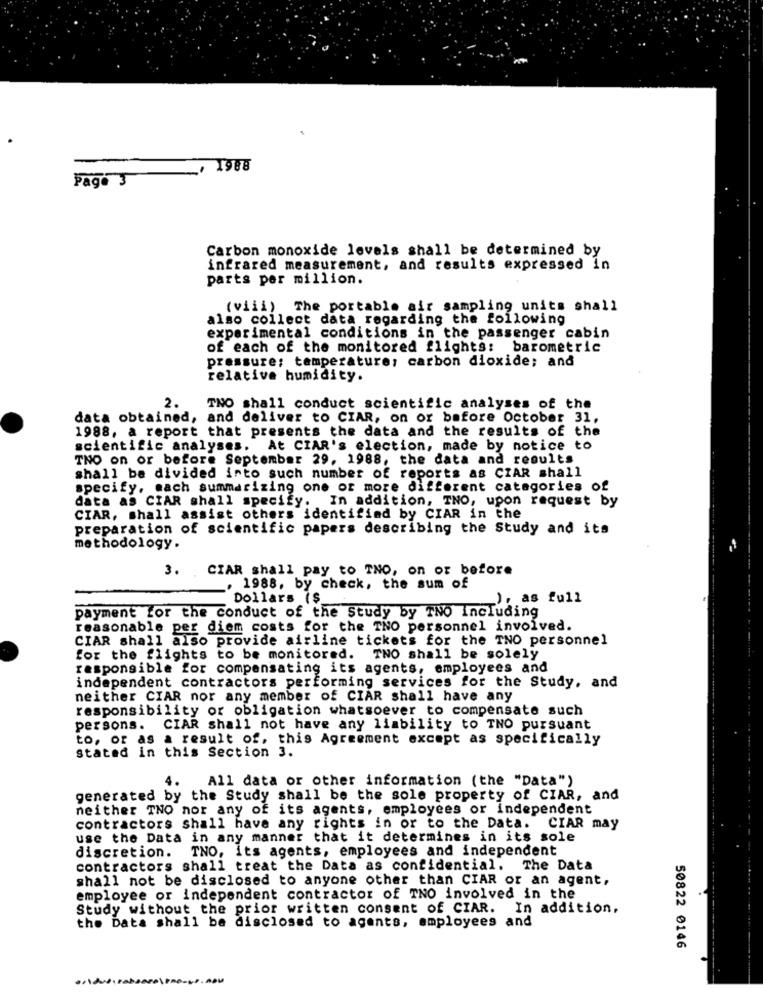
Page 3 / 1988
Carbon monoxide levels shall be determined by
infrared measurement, and results expressed in
parts per million.
(viii) The portable air sampling units shall
also collect data regarding the following
experimental conditions in the passenger cabin
of each of the monitored flights: barometric
pressure; temperature: carbon dioxide; and
relative humidity.
2.
TNO shall conduct scientific analyses of the
data obtained, and deliver to CIAR, on or before October 31,
1988, a report that presents the data and the results of the
scientific analyses. At CIAR's election, made by notice to
TNO on or before September 29, 1988, the data and results
shall be divided into such number of reports as CZAR shall
specify, mach summarizing one or more different categories of
data as CIAR shall specify. In addition, TNO, upon request by
CIAR, shall assist others identified by CIAR in the
preparation of scientific papers describing the Study and its
methodology.
3. CIAR shall pay to TNO, on or before
. 1988, by check, the sum of
Dollars ($
_), as full
payment for the conduct of the Study by TNO including
reasonable per diem costs for the TNO personnel involved.
CIAR shall also provide airline tickets for the TNO personnel
for the flights to be monitored. TNO shall be solely
responsible for compensating its agents, employees and
independent contractors performing services for the Study, and
neither CIAR nor any member of CIAR shall have any
responsibility or obligation whatsoever to compensate such
persons.
CIAR shall not have any liability to TNO pursuant
to, or as a result of, this Agreement except as specifically
Stated in this Section 3.
All data or other information (the "Data")
4.
generated by the Study shall be the sole property of CIAR, and
neither TNO nor any of its agents, employees or independent
contractors shall have any rights in or to the Data. CIAR may
use the Data in any manner that it determines in its sole
discretion.
TNO, its agents, employees and independent
contractors shall treat the Data as confidential. The Data
shall not be disclosed to anyone other than CIAR or an agent,
employee or independent contractor of TNO involved in the
Study without the prior written consent of CIAR. In addition,
the Data shall be disclosed to agents, employees and
50822 0146